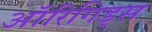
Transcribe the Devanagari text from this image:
ऑरिगिड्स